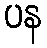
ပန